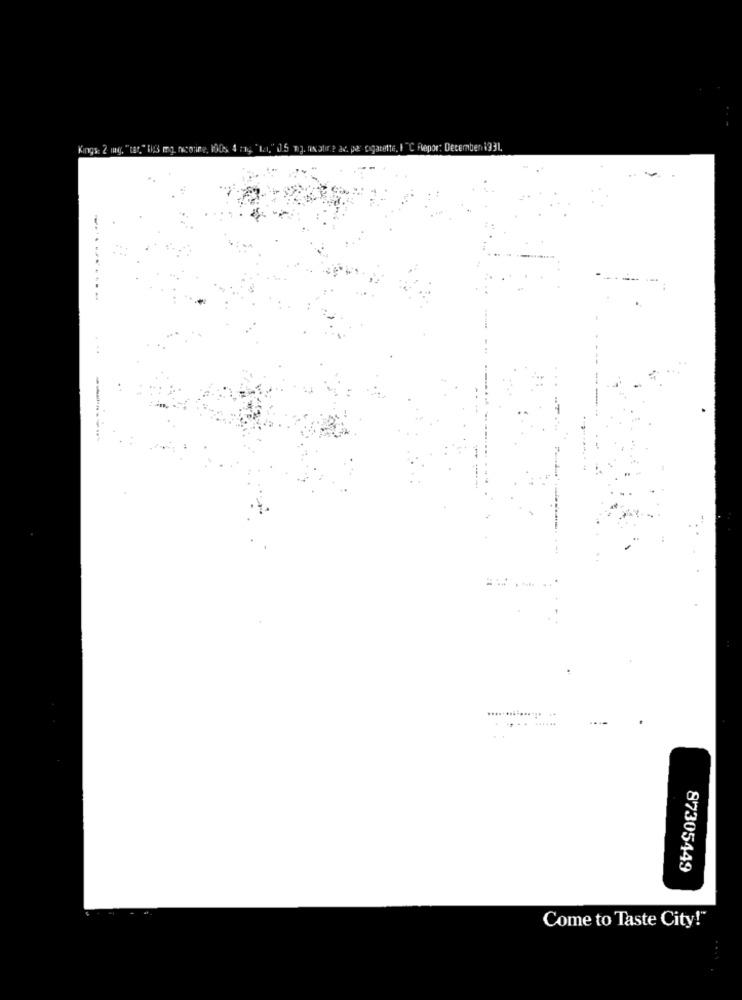
Kings: 2 mag. "car, " 13 mg. nicotine, 1005, 4
------
87305449
Come to Taste City!"